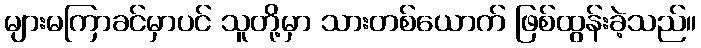
များမကြာခင်မှာပင် သူတို့မှာ သားတစ်ယောက် ဖြစ်ထွန်းခဲ့သည်။